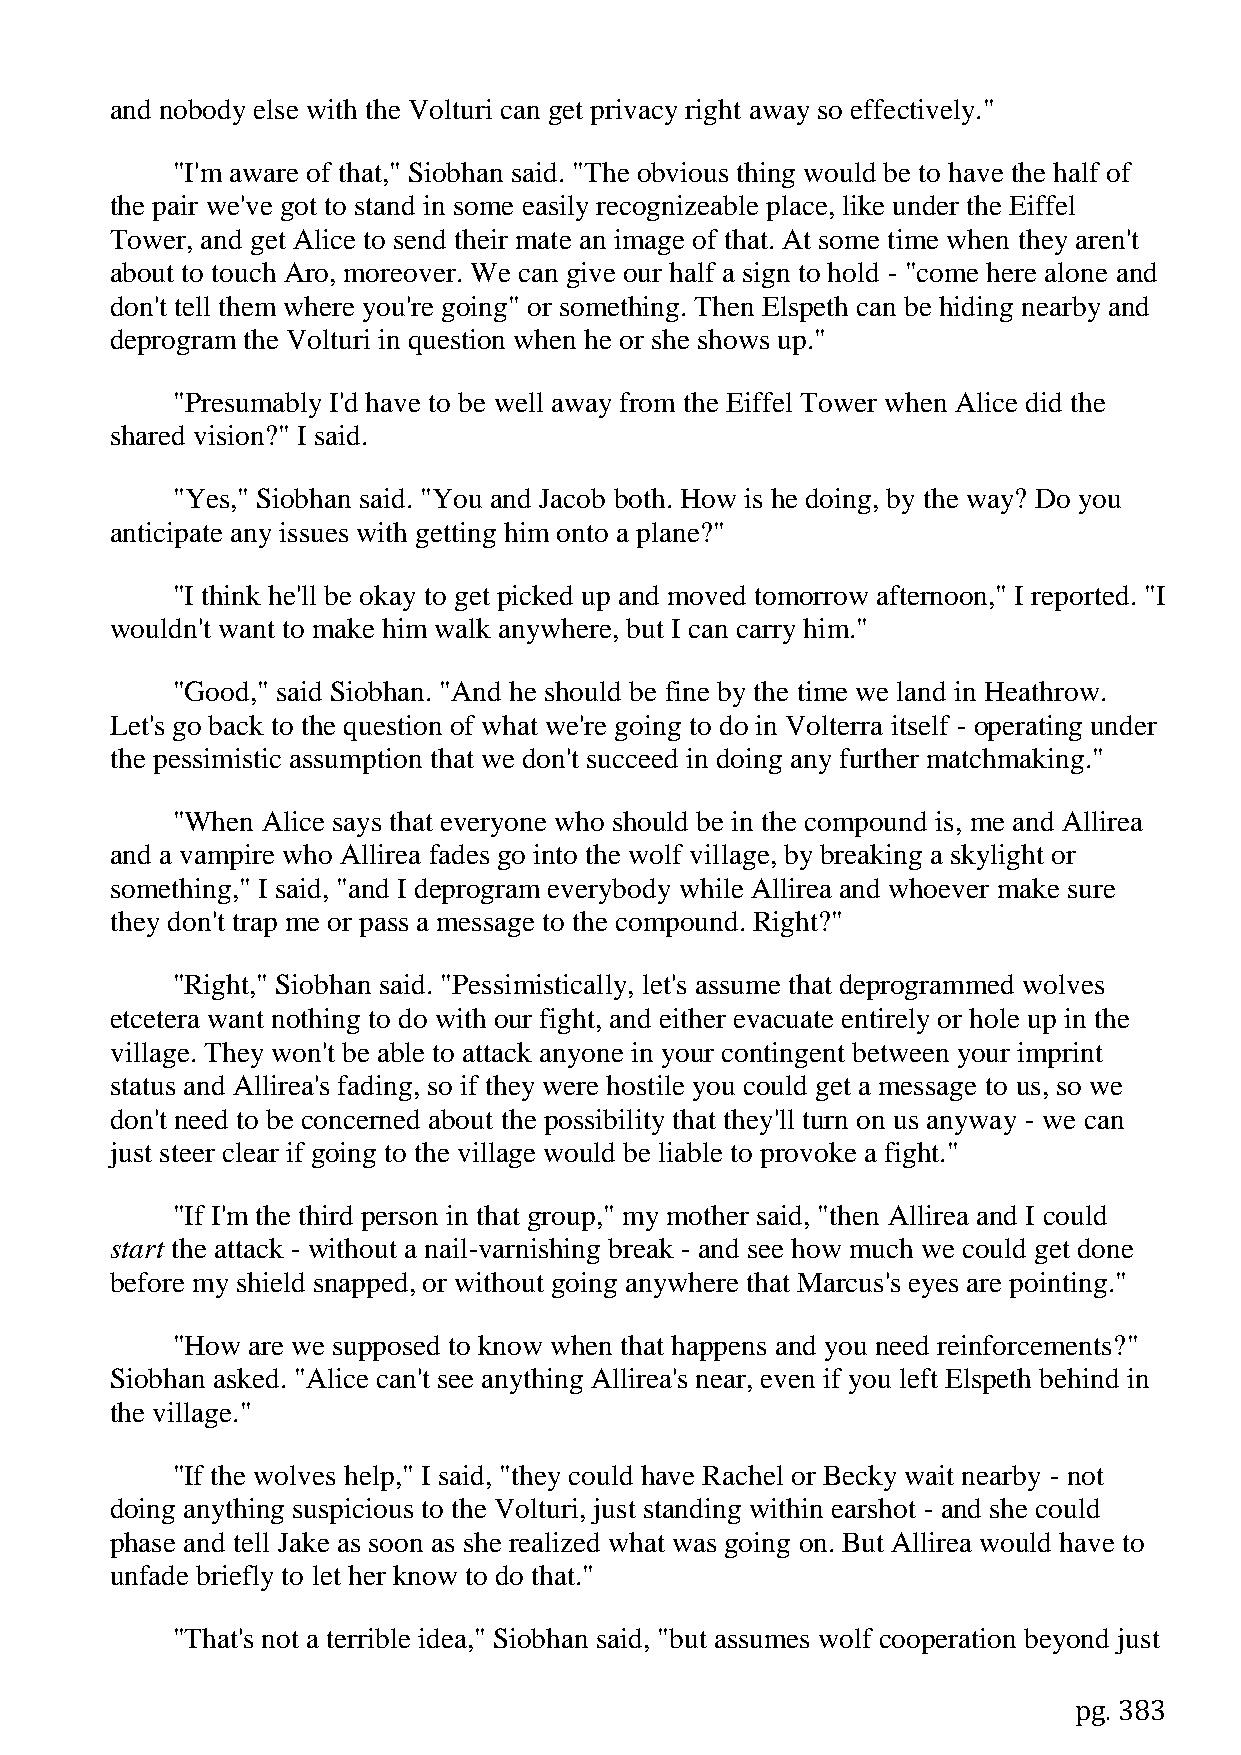
and nobody else with the Volturi can get privacy right away so effectively."
 "I'm aware of that," Siobhan said. "The obvious thing would be to have the half of
 the pair we've got to stand in some easily recognizeable place, like under the Eiffel
 Tower, and get Alice to send their mate an image of that. At some time when they aren't
 about to touch Aro, moreover. We can give our half a sign to hold - "come here alone and
 don't tell them where you're going" or something. Then Elspeth can be hiding nearby and
 deprogram the Volturi in question when he or she shows up."
 "Presumably I'd have to be well away from the Eiffel Tower when Alice did the
 shared vision?" I said.
 "Yes," Siobhan said. "You and Jacob both. How is he doing, by the way? Do you
 anticipate any issues with getting him onto a plane?"
 "I think he'll be okay to get picked up and moved tomorrow afternoon," I reported. "I
 wouldn't want to make him walk anywhere, but I can carry him."
 "Good," said Siobhan. "And he should be fine by the time we land in Heathrow.
 Let's go back to the question of what we're going to do in Volterra itself - operating under
 the pessimistic assumption that we don't succeed in doing any further matchmaking."
 "When Alice says that everyone who should be in the compound is, me and Allirea
 and a vampire who Allirea fades go into the wolf village, by breaking a skylight or
 something," I said, "and I deprogram everybody while Allirea and whoever make sure
 they don't trap me or pass a message to the compound. Right?"
 "Right," Siobhan said. "Pessimistically, let's assume that deprogrammed wolves
 etcetera want nothing to do with our fight, and either evacuate entirely or hole up in the
 village. They won't be able to attack anyone in your contingent between your imprint
 status and Allirea's fading, so if they were hostile you could get a message to us, so we
 don't need to be concerned about the possibility that they'll turn on us anyway - we can
 just steer clear if going to the village would be liable to provoke a fight."
 "If I'm the third person in that group," my mother said, "then Allirea and I could
 start the attack - without a nail-varnishing break - and see how much we could get done
 before my shield snapped, or without going anywhere that Marcus's eyes are pointing."
 "How are we supposed to know when that happens and you need reinforcements?"
 Siobhan asked. "Alice can't see anything Allirea's near, even if you left Elspeth behind in
 the village."
 "If the wolves help," I said, "they could have Rachel or Becky wait nearby - not
 doing anything suspicious to the Volturi, just standing within earshot - and she could
 phase and tell Jake as soon as she realized what was going on. But Allirea would have to
 unfade briefly to let her know to do that."
 "That's not a terrible idea," Siobhan said, "but assumes wolf cooperation beyond just
 pg. 383